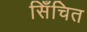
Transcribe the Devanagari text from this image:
सिँचित